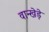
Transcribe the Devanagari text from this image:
वान्खेड़े